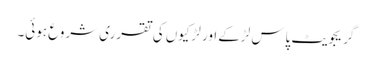
گریجویٹ پاس لڑ‌کے اور لڑکیوں کی تقرری شروع ہوئی۔